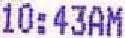
10:43AM